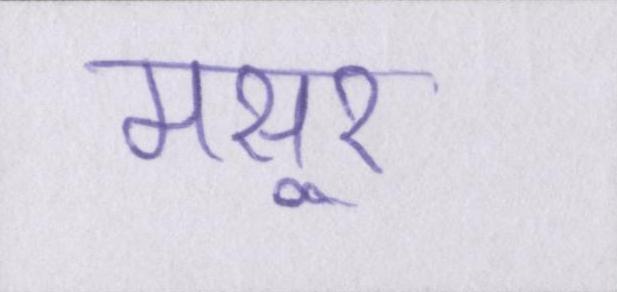
मसूर